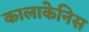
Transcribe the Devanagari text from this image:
कालाकेनिस